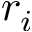
r _ { i }